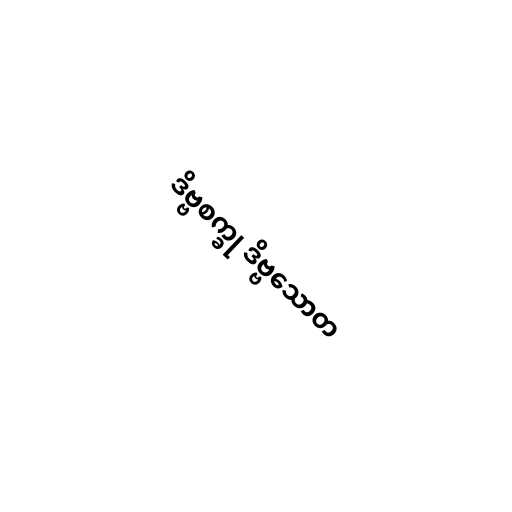
ဒိဗ္ဗစက္ခု ဒိဗ္ဗသောတ